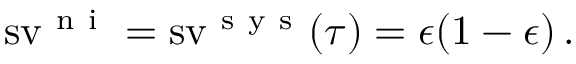
\operatorname { s v } ^ { \mathrm { ~ n ~ i ~ } } = \operatorname { s v } ^ { \mathrm { ~ s ~ y ~ s ~ } } ( \tau ) = \epsilon ( 1 - \epsilon ) \, .